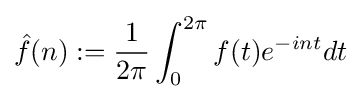
{\hat {f}}(n):={\frac {1}{2\pi }}\int _{0}^{2\pi }f(t)e^{-int}dt